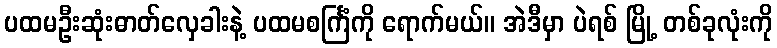
ပထမဦးဆုံးဓာတ်လှေခါးနဲ့ ပထမစင်္ကြံကို ရောက်မယ်။ အဲဒီမှာ ပဲရစ် မြို့ တစ်ခုလုံးကို